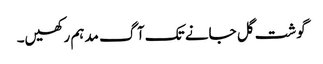
گوشت گل جانے تک آگ مدہم رکھیں۔